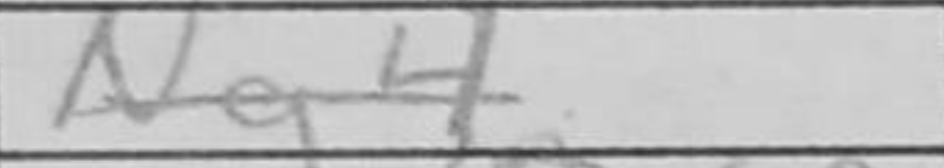
Transcription: Ng4